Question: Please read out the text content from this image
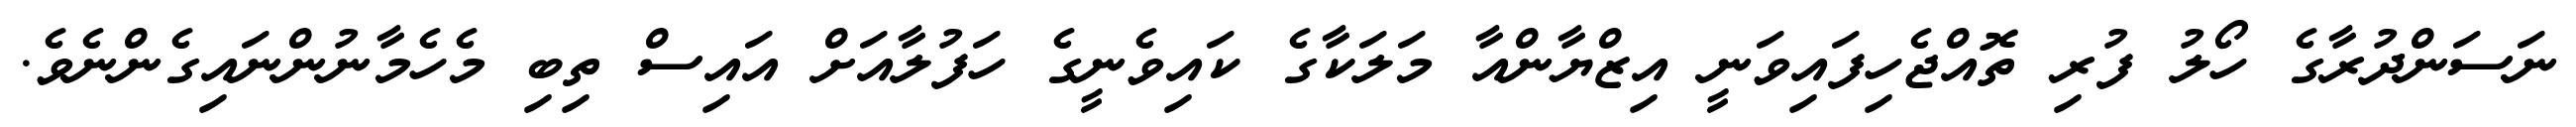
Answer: ނަސަންދުރާގެ ހޯލު ފުރި ތޮއްޖެހިފައިވަނީ އިޒްޔާންއާ މަލަކާގެ ކައިވެނީގެ ހަފުލާއަށް އައިސް ތިބި މެހެމާނުންނައިގެންނެވެ.